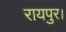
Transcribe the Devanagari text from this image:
रायपुर।